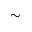
\sim